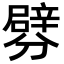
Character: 𨐯